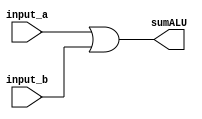
module ALULogicalOr (
	input [31:0] input_a, input_b,
	output [31:0] sumALU,
	);
	
	reg [31:0] results;
	assign sumALU = results;
	
	
	always @(*)
	begin
		//  Logical or
           results = input_a | input_b;
          
	end
	
endmodule